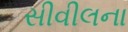
સીવીલના